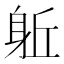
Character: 𨈬